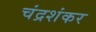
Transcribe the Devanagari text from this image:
चंद्रशंकर